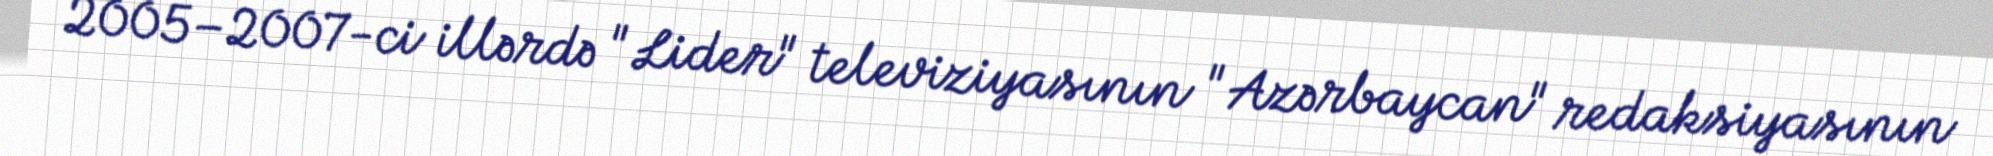
2005–2007-ci illərdə "Lider" televiziyasının "Azərbaycan" redaksiyasının